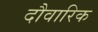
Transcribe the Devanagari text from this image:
दौवारिक